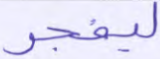
ليفجر